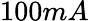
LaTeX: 100mA